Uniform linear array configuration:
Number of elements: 24
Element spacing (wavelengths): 0.25
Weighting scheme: kaiser
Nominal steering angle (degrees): -60
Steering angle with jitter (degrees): -61.371
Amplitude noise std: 0.05
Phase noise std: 0.05

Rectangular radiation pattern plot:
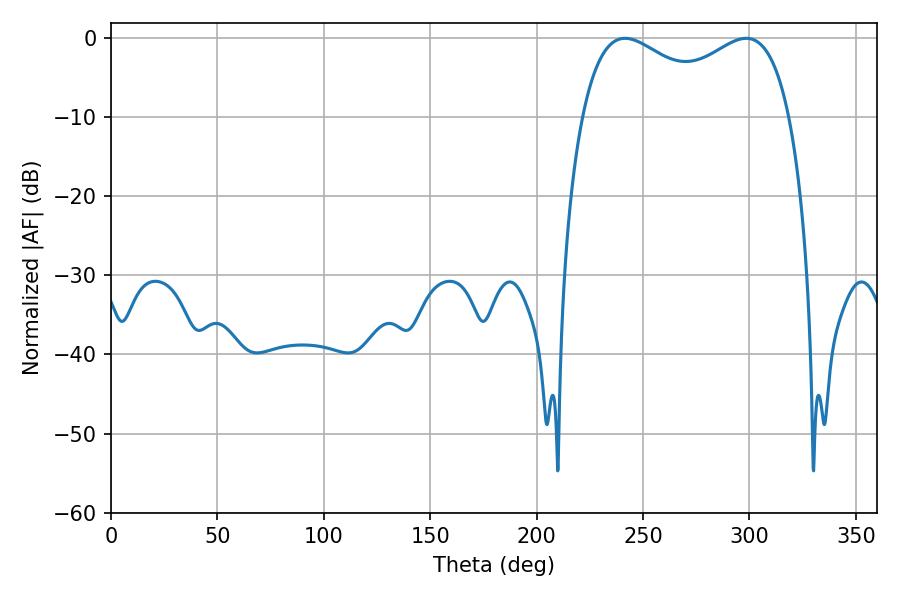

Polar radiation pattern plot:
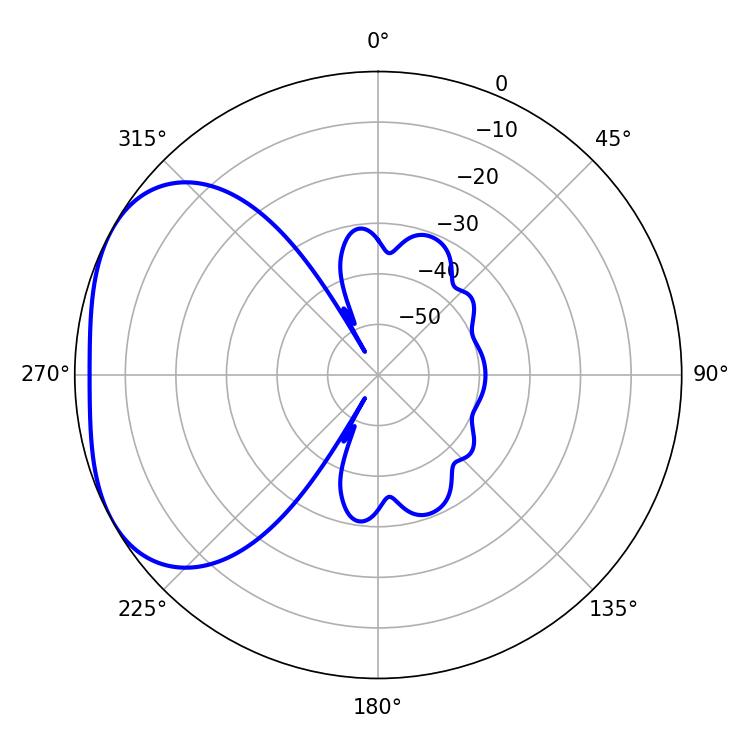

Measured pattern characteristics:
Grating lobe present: FALSE
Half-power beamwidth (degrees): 81.36
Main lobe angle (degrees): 241.56